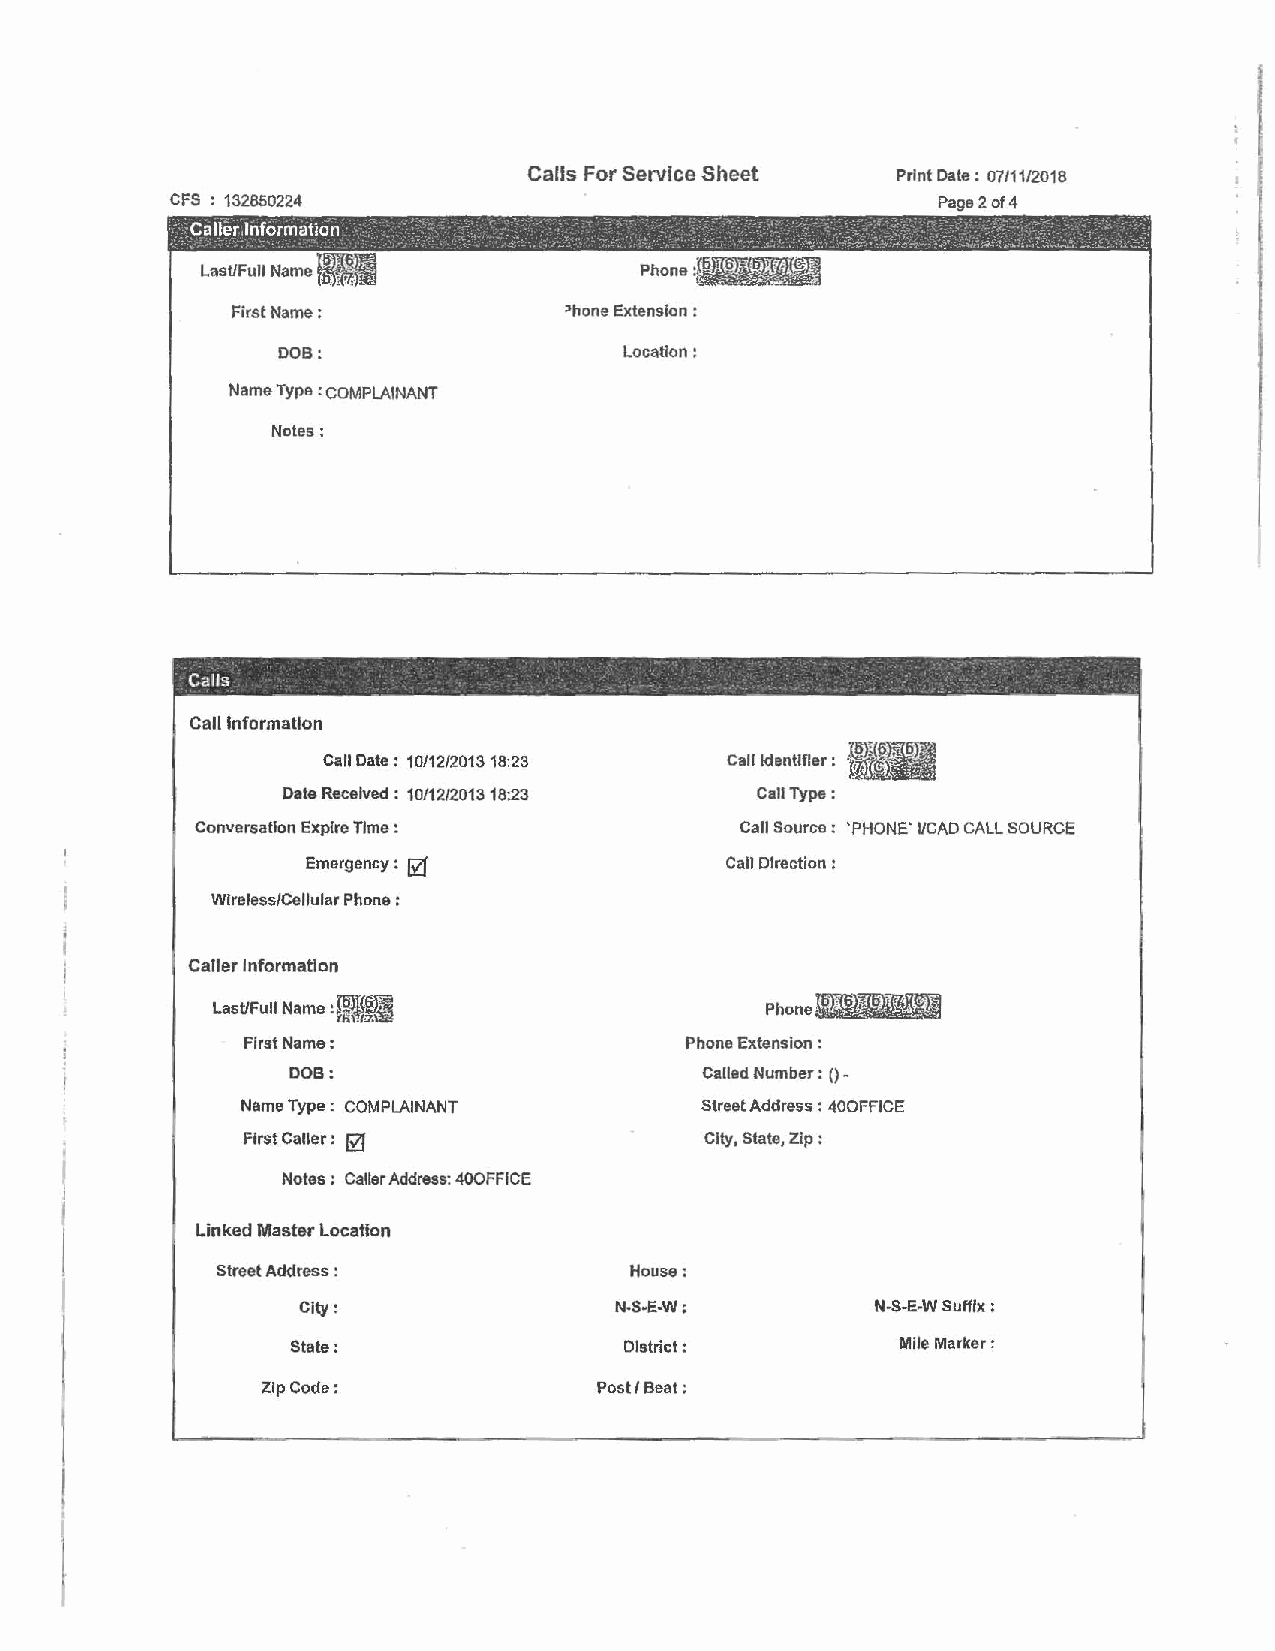
Calls For Service Sheet Print Date: 07/11/2018
 CFS : 132850224                                    Page2 of 4
 First Name:           >hone Extension :
 DOB:                   Location:
 Name Type : COMPLAINANT
 Notes:
 Calls
 Call Information
 Call Date : 10/12/2013 18:23 Call Identifier :
 Date Received: 10/12/2013 18:23 Call Type:
 Conversation Expire Time :          Call Source: 'PHONE' I/CAD CALL SOURCE
 Emergency : It]'            Ca11 Direction :
 Wlreless/Cellular Phone :
 Caller Information
 Last/Full Name J,~. . ~ ,.6,}~"iil
 First Name:                  Phone Extension :
 DOB:                       Called Number: ()-
 Name Type: COMPLAINANT        Street Address : 40DFFICE
 0
 First Caller :                City, State, Zip :
 Notes : Caller Address: 400FFICE
 Linked Master Location
 Street Address :           House:
 City:                N-S-E-W;         N-S·E·W Suffix:
 State:                District:         Mile Marker:
 Zip Code:             Post/ Beat: